画像に写った文字を読んでください
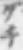
「グチ」と書いてあります